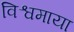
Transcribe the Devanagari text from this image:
विश्वमाया